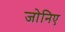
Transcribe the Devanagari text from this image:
जोनिए